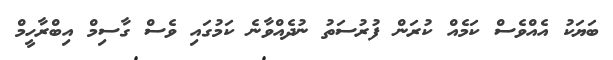
ބަޔަކު އެއްވެސް ކަމެއް ކުރަން ފުރުސަތު ނުދެއްވާނެ ކަމުގައި ވެސް ގާސިމް އިބްރާހީމް